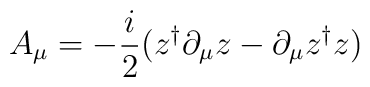
A_{\mu} = -{i\over 2}( z^{\dagger} \partial _{\mu}z -\partial_{\mu}z^{\dagger}z)